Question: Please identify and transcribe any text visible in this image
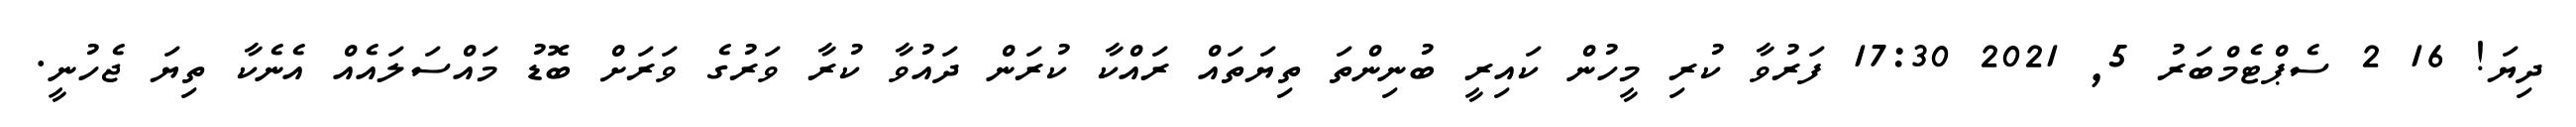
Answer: ދިޔަ! 16 2 ސެޕްޓެމްބަރު 5, 2021 17:30 ފަރުވާ ކުރި މީހުން ކައިރީ ބުނިންތަ ތިޔަތައް ރައްކާ ކުރަން ދައުވާ ކުރާ ވަރުގެ ވަރަށް ބޮޑު މައްސަލައެއް އެނެކާ ތިޔަ ޖެހުނީ.